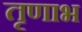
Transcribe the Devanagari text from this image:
तृणाभ